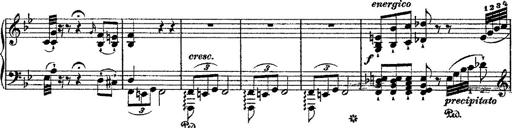
Title: Fantaisie romantique sur deux mÃ©lodies suisses
Composer: Franz Liszt